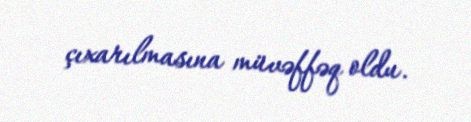
çıxarılmasına müvəffəq oldu.